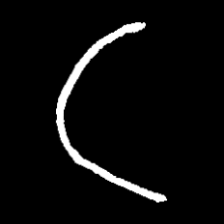
Pyu character \u2014 Myanmar letter: ဋ (romanized: tta)